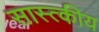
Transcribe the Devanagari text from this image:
सास्त्कीय